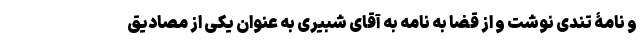
و نامۀ تندی نوشت و از قضا به نامه به آقای شبیری به عنوان یکی از مصادیق